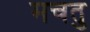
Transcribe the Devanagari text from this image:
मचतु